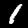
Digit: 1